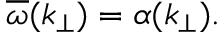
\overline { { \omega } } ( k _ { \perp } ) = \alpha ( k _ { \perp } ) .